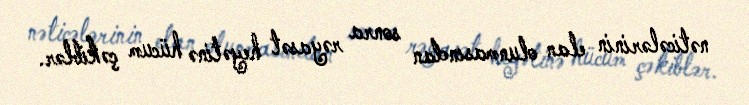
nəticələrinin elan olunmasından sonra rəyasət heyətinə hücum çəkiblər.